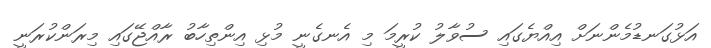
އަޅުގަނޑުމެންނަށް އިއްޔެގައި ސުވާލު ކުރީމަ މި އެނގެނީ މުޅި އިންތިހާބު ރާއްޖޭގައި މިރަންކުރަނީ